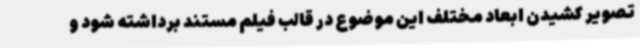
تصویر کشیدن ابعاد مختلف این موضوع در قالب فیلم مستند برداشته شود و